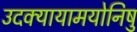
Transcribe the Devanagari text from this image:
उदक्यायामयोनिषु